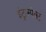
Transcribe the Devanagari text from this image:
इंट्रास्पेक्ट